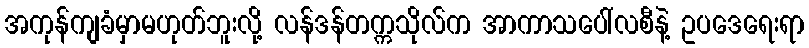
အကုန်ကျခံမှာမဟုတ်ဘူးလို့ လန်ဒန်တက္ကသိုလ်က အာကာသပေါ်လစီနဲ့ ဥပဒေရေးရာ